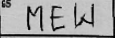
Transcription: MEW